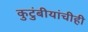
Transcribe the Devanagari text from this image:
कुटुंबीयांचीही